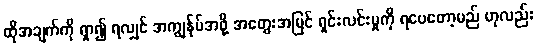
ထိုအချက်ကို ရှာ၍ ရလျှင် အကျွန်ုပ်အဖို့ အတွေးအမြင် ရှင်းလင်းမှုကို ရပေတော့မည် ဟုလည်း